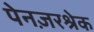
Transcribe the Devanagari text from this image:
पेनज़रश्रेक